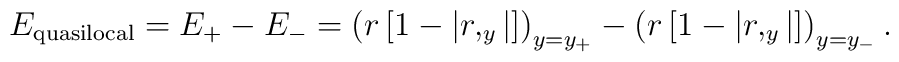
E_{{\rm quasilocal}}=E_{+}-E_{-}=\left( r\left[ 1-\left| r,_y\right| \right]\right) _{y=y_{+}}-\left( r\left[ 1-\left| r,_y\right| \right] \right)_{y=y_{-}}.